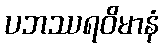
ပဘဿရဝိမာနံ